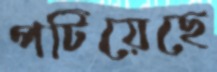
পটিয়েছে